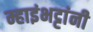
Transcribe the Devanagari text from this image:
म्हाइंभट्टांनी